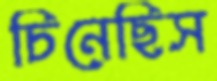
চিনেছিস